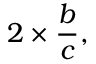
\quad 2 \times { \frac { b } { c } } , \quad